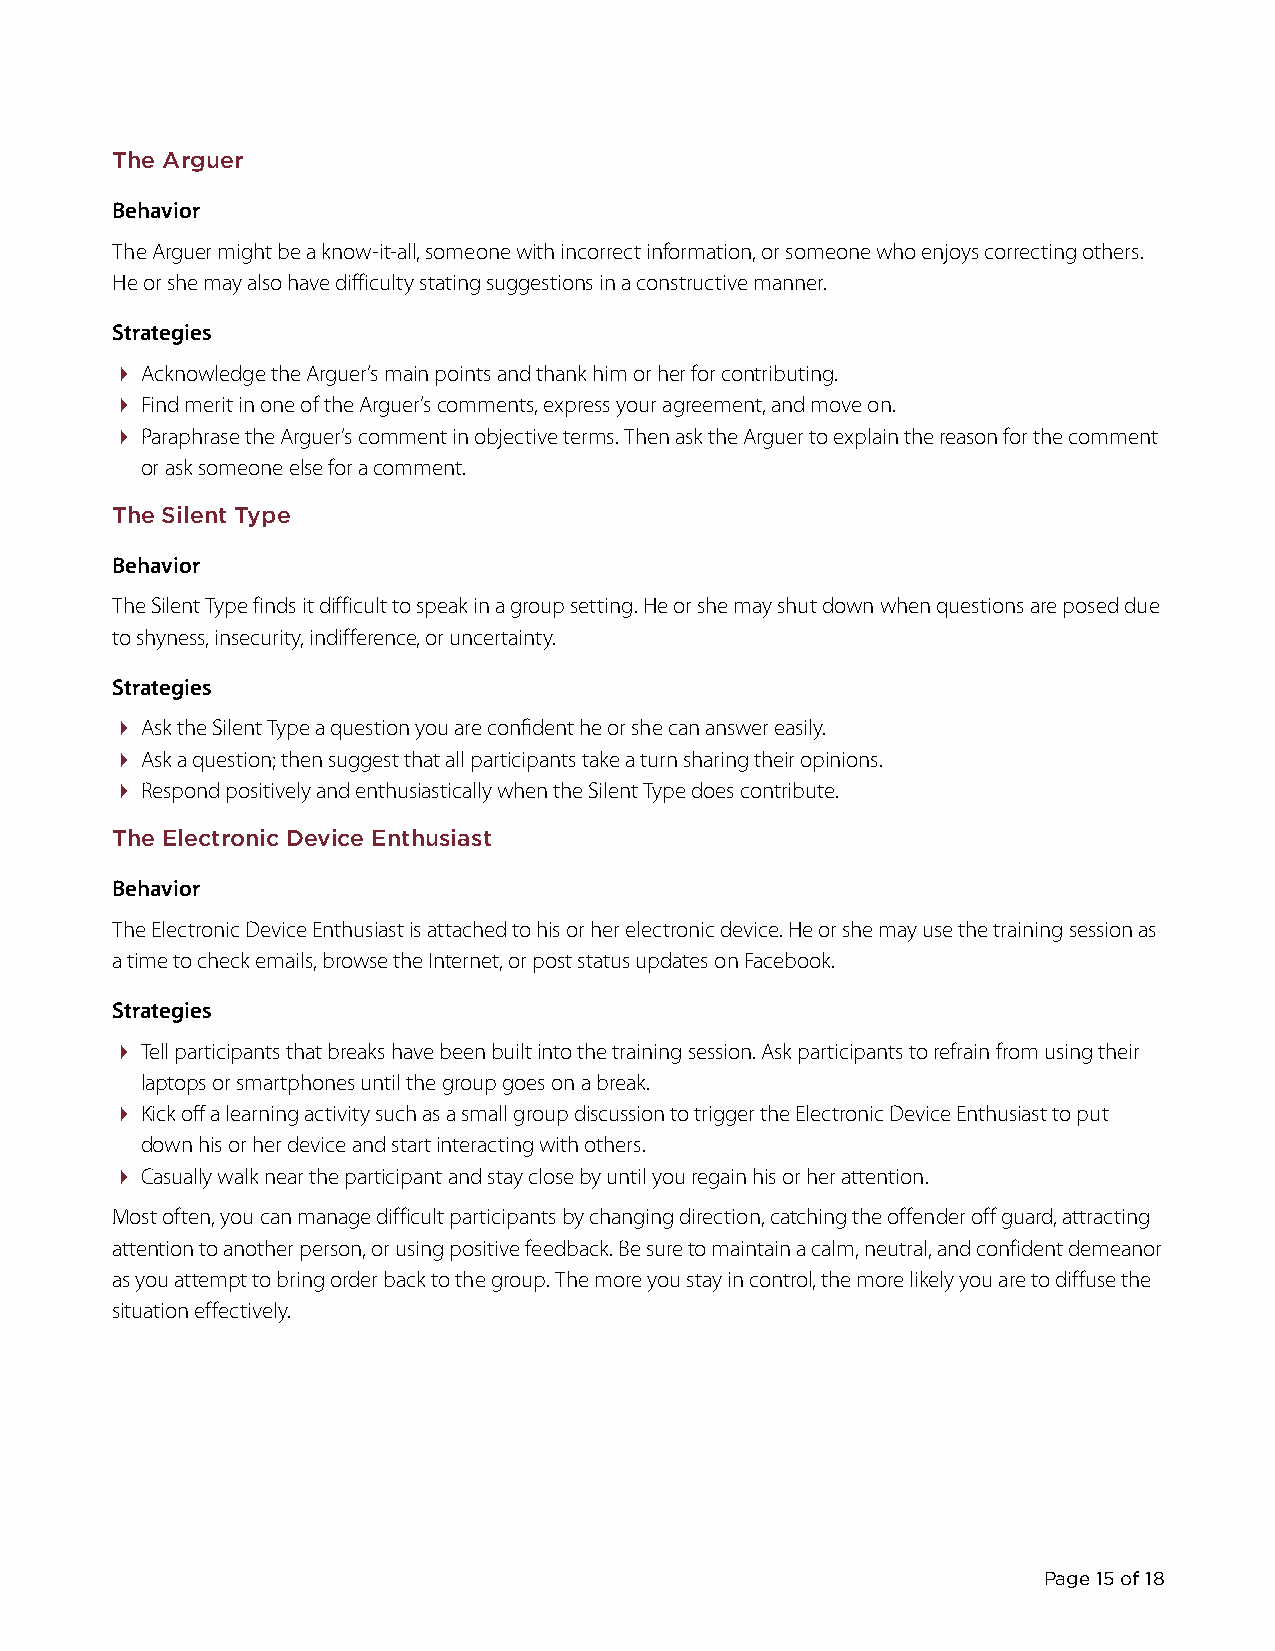
The Arguer
 Behavior
 The Arguer might be a know-it-all, someone with incorrect information, or someone who enjoys correcting others.
 He or she may also have difficulty stating suggestions in a constructive manner.
 Strategies
  Acknowledge the Arguer’s main points and thank him or her for contributing.
  Find merit in one of the Arguer’s comments, express your agreement, and move on.
  Paraphrase the Arguer’s comment in objective terms. Then ask the Arguer to explain the reason for the comment
 or ask someone else for a comment.
 The Silent Type
 Behavior
 The Silent Type finds it difficult to speak in a group setting. He or she may shut down when questions are posed due
 to shyness, insecurity, indifference, or uncertainty.
 Strategies
  Ask the Silent Type a question you are confident he or she can answer easily.
  Ask a question; then suggest that all participants take a turn sharing their opinions.
  Respond positively and enthusiastically when the Silent Type does contribute.
 The Electronic Device Enthusiast
 Behavior
 The Electronic Device Enthusiast is attached to his or her electronic device. He or she may use the training session as
 a time to check emails, browse the Internet, or post status updates on Facebook.
 Strategies
  Tell participants that breaks have been built into the training s ession. Ask participants to refrain from using their
 laptops or smartphones until the group goes on a break.
  Kick off a learning activity such as a small group discussion to trigger the Electronic Device Enthusiast to put
 down his or her device and start interacting with others.
  Casually walk near the participant and stay close by until you regain his or her attention.
 Most often, you can manage difficult participants by changing direction, catching the offender off guard, attracting
 attention to another person, or using positive feedback. Be sure to maintain a calm, neutral, and confident demeanor
 as you attempt to bring order back to the group. The more you stay in control, the more likely you are to diffuse the
 situation effectively.
 Page 15 of 18